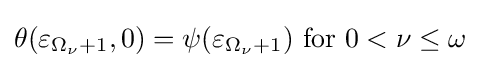
\theta (\varepsilon _{\Omega _{\nu }+1},0)=\psi (\varepsilon _{\Omega _{\nu }+1}){\text{ for }}0<\nu \leq \omega